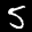
Label: 5